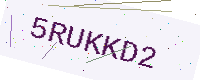
Text: 5RUKKD2